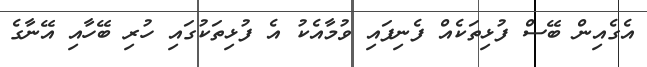
އެގެއިން ބޭސް ފުޅިތަކެއް ފެނިފައި ވުމާއެކު އެ ފުޅިތަކުގައި ހުރި ބޭހާއި އޭނާގެ